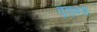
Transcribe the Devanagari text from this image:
वुड्बरी